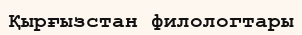
Қырғызстан филологтары